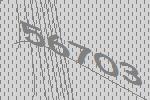
56703